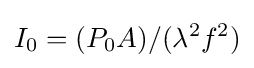
I_{0}=(P_{0}A)/(\lambda ^{2}f^{2})